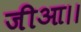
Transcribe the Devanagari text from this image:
जीआ।।